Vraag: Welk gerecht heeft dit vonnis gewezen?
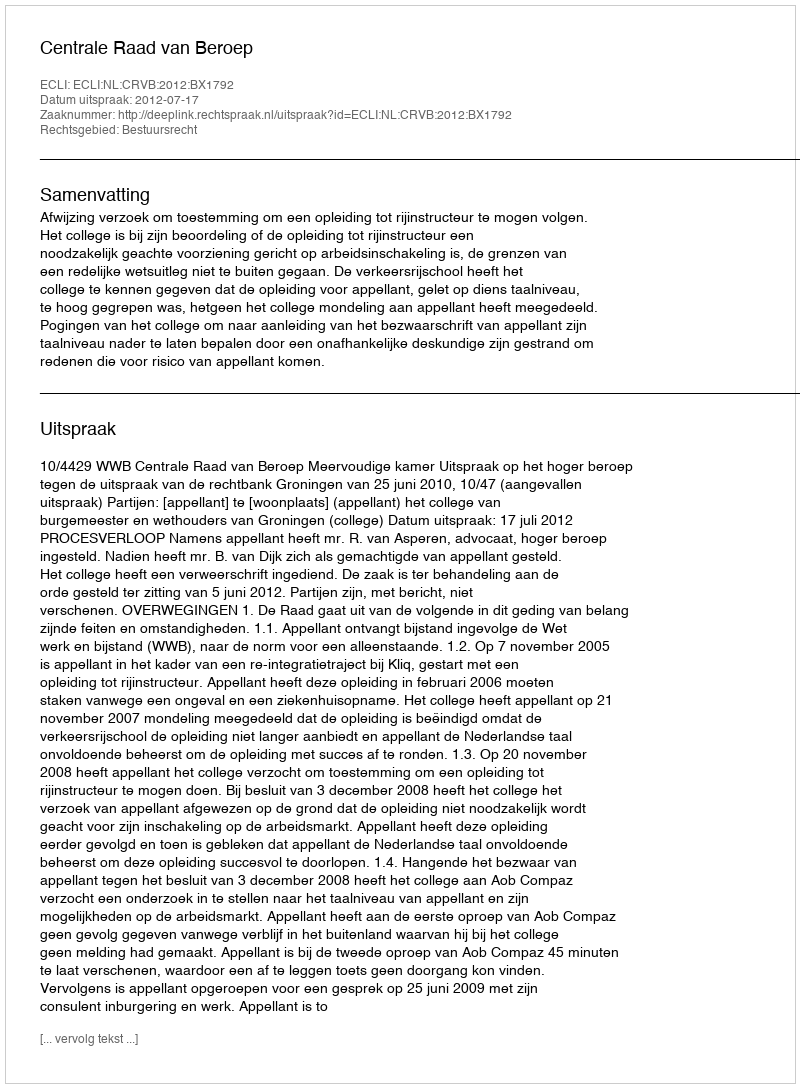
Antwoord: Centrale Raad van Beroep